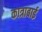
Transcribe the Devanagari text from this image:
कात्राबाई